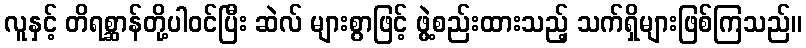
လူနှင့် တိရစ္ဆာန်တို့ပါဝင်ပြီး ဆဲလ် များစွာဖြင့် ဖွဲ့စည်းထားသည့် သက်ရှိများဖြစ်ကြသည်။